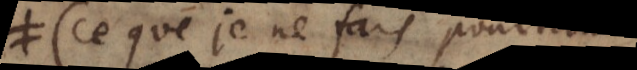
(ce que je ne fais pourtant